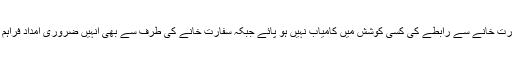
ان دونوں افراد کا کہنا تھا کہ وہ لیبیا میں بنگلہ دیشی سفارت خانے سے رابطے کی کسی کوشش میں کامیاب نہیں ہو پائے جبکہ سفارت خانے کی طرف سے بھی انہیں ضروری امداد فراہم نہیں کی گئی،’سفارت خانے نے ہم سے رابطہ نہیں کیا۔